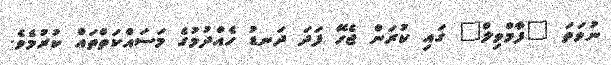
ނުވަތަ "ފާމްވިލް" ގައި ކުރަން ޖެހޭ ފަދަ ދަނޑު ހެއްދުމުގެ މަސައްކަތްތައް ކުރުމެވެ.